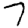
Digit: 7